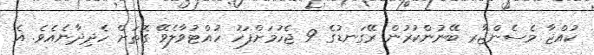
ކުއްޖާ މެސެންޖާރ ބޭނުންކުރުން ރޭގަނޑުގެ 9 ޖެހުމަށްފަހު ހުއްޓުވާލެވޭ ގޮތަށް ހެދިދާނެއެވެ. އެ